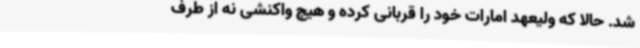
شد. حالا که ولیعهد امارات خود را قربانی کرده و هیچ واکنشی نه از طرف